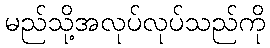
မည်သို့အလုပ်လုပ်သည်ကို